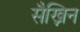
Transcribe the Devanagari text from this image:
सैख्निन